Report of the Municipal Commissioner on the plague in Bombay for the year ending 31st May... - Volume 2
Disease focus: Plague
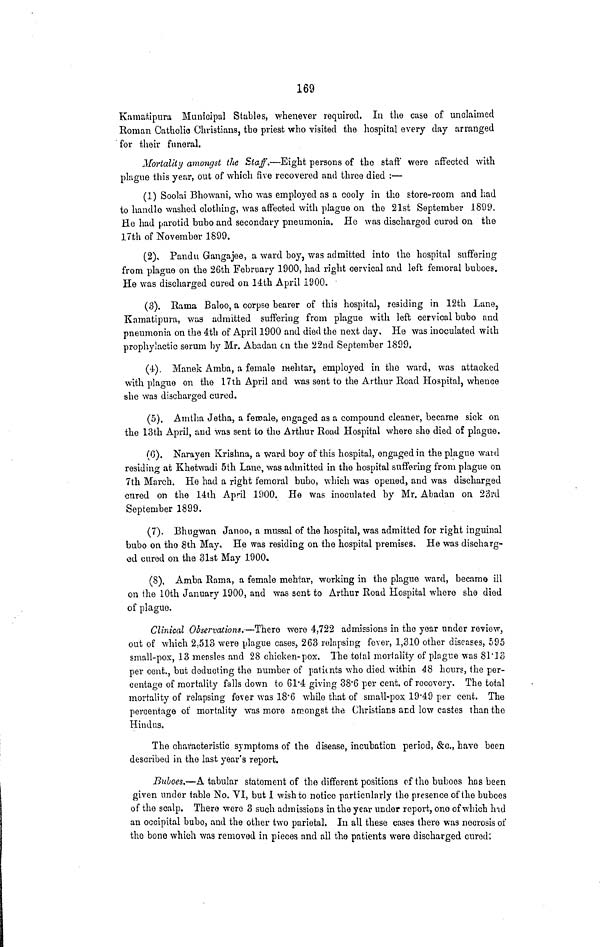
169
Kamaf-.ipura Municipal Stubles, whenever required. In the case of unclaimed
Eoman Catholic Christians, tho priest who visited the hospital every day arranged
for their funeral.
Mortality amongst the Staff.—Eight persons of tho staff' were affected with
plague this year, out of which five recovered and three died :—
(1) Soolai Bhowani, who was employed as a cooly in the store-room and had
to handle washed clothing, was affected with plague on tho 21st September 1899.
He had parotid bubo and secondary pneumonia. He was discharged cured on the
17th of November 1899.
(2), Pandu Gangajee, a ward boy, was admitted into iho hospital suffering
from plague on the 26th February 1900, had right cervical and left femoral buboes.
He was discharged cured on 14th April 1900.
(#). Rama Baloo, a corpse bearer of this hospital, residing in 12th Lane,
Kamatipura, was admitted suffering from plague with left cervical bubo and
pneumonia on the 4th of April 1900 and died the next day. He was inoculated with
prophylactic serum by Mr. Abadan en the 22nd September 1899.
(4-), Manek Amba, a female mehtar, emplo} r ed in the ward, was attacked
with plague on the 17th April and was sent to the Arthur Road Hospital, whence
she was discharged cured.
(5). Amtha Jetha, a feroale, engaged as a compound cleaner, became sick on
the 13th April, and was sent to the Arthur Road Hospital where she died of plague.
(0). Narayen Krishna, a ward boy of this hospital, engaged in the plague waid
residing at Khetwadi 5th Lane, was admitted in the hospital suffering from plague on
7th March. He had a right femoral bubo, which was opened, and was discharged
cured on the 14th April 1900. He was inoculated by Mr. Abadan on 23rd
September 1899.
(7). Bhugwan Janoo, a musaal of the hospital, was admitted for right inguinal
bubo on tho 8th May, He was residing on the hospital premises. He was discharg-
ed cured on the 31st May 1900.
(8), Amba Rama, a female mehiar, working in the plague ward, became ill
on the 10th January 1900, and was sent to Arthur Road Hospital where she died
of plague,
Clinical Observations. —There were 4,722 admissions in tho year under review,
out of which 2,513 were plague cases, 263 relapsing fever, 1,310 other diseases, 595
small-pox, 13 measles and 28 chicken-pox. The total mortality of plague was 81*13
per cent., but deducting the number of patitnts who died within 48 hours, the per-
centage of mortality falls down to G1'4 giving 38*6 per cent, of recovery. The total
mortality of relapsing fever was 18'6 while that of small-pox 19*49 per cent. The
percentage of mortality was more amongst the Christians ard low castes than the
Hindus.
The characteristic symptoms of the disease, incubation period, &c., have been
described in the last year's report.
Buloes.—A tabular statement of the different positions of tho buboes hns been
given under table No. YI, but I wish to notice particularly the presence of the buboes
of the scalp. There were 3 such admissions in the year under report, one of which hid
an occipital bubo, and the other two parietal. In all these cases there was necrosis of
the bone which was removed in pieces and all the patients were discharged cured;